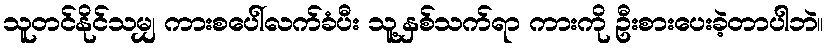
သူတင်နိုင်သမျှ ကားစပေါ်လက်ခံပီး သူ့နှစ်သက်ရာ ကားကို ဦးစားပေးခဲ့တာပါဘဲ။